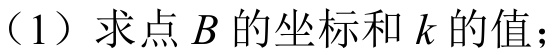
（1）求点\(B\)的坐标和\(k\)的值；